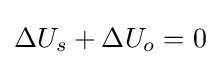
\Delta U_{s}+\Delta U_{o}=0